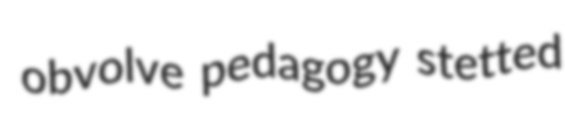
obvolve pedagogy stetted